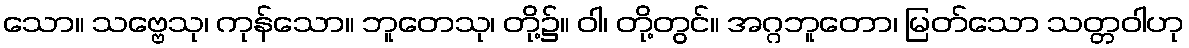
သော။ သဗ္ဗေသု၊ ကုန်သော။ ဘူတေသု၊ တို့၌။ ဝါ၊ တို့တွင်။ အဂ္ဂဘူတော၊ မြတ်သော သတ္တဝါဟု